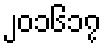
၂၀၁၆၁၇